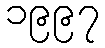
၁၉၉၇